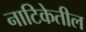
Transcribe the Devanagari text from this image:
नाटिकेतील